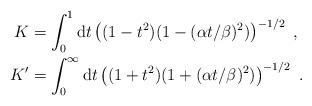
LaTeX: \begin{align*}\begin{aligned} K&=\int_0^1\mathrm{d}t\left((1-t^2)(1-(\alpha t/\beta)^2)\right)^{-1/2}\;,\\K'&=\int_0^{\infty}\mathrm{d}t\left((1+t^2)(1+(\alpha t/\beta)^2)\right)^{-1/2}\ .\end{aligned}\end{align*}